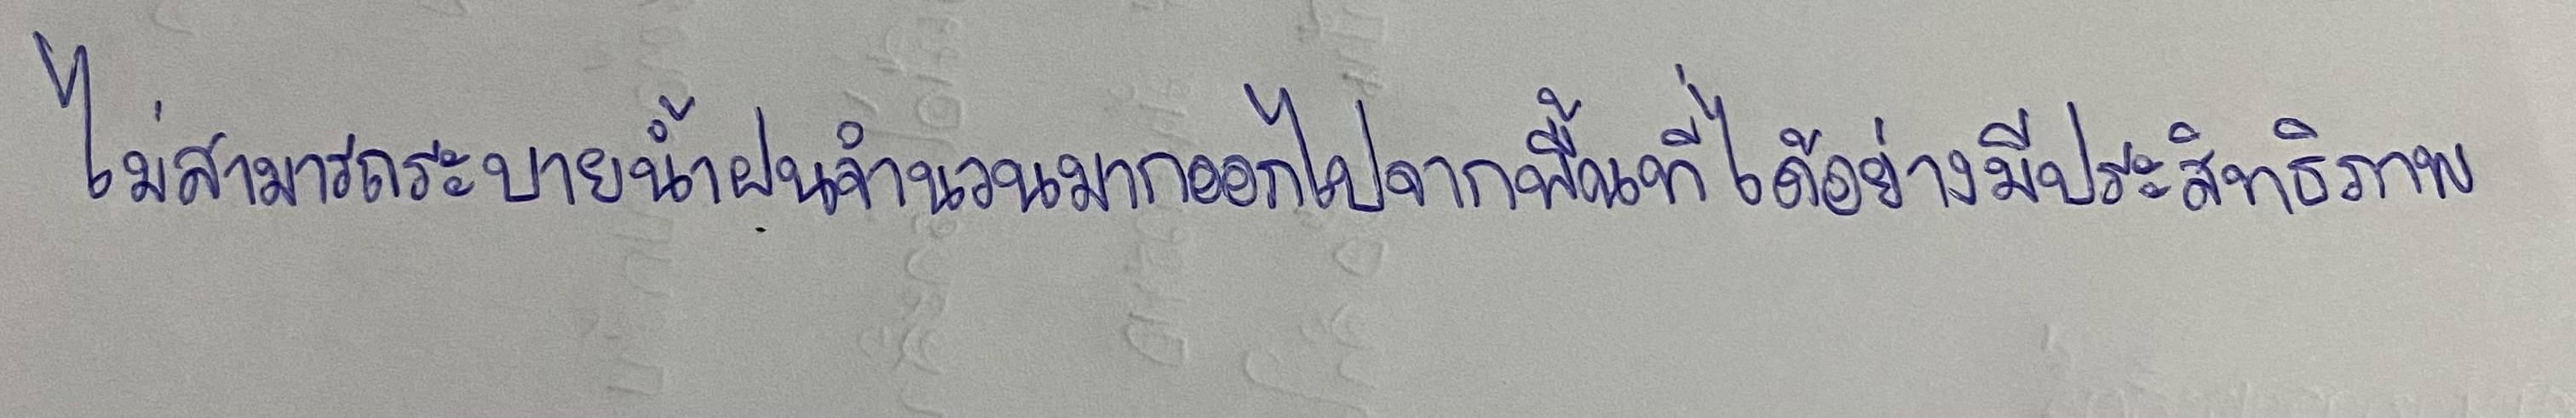
ไม่สามารถระบายน้ำฝนจำนวนมากออกไปจากพื้นที่ได้อย่างมีประสิทธิภาพ